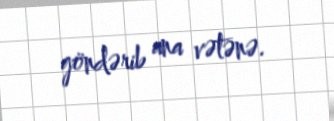
göndərib ana vətənə.